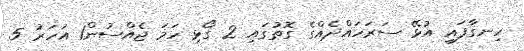
ހިނގާފައި އުޅޭ ސަރަހައްދެއްގެ ގޮތުގައި 2 ގޯޅި ހަމަ ޖެއްސުން1 އަހަރު 5